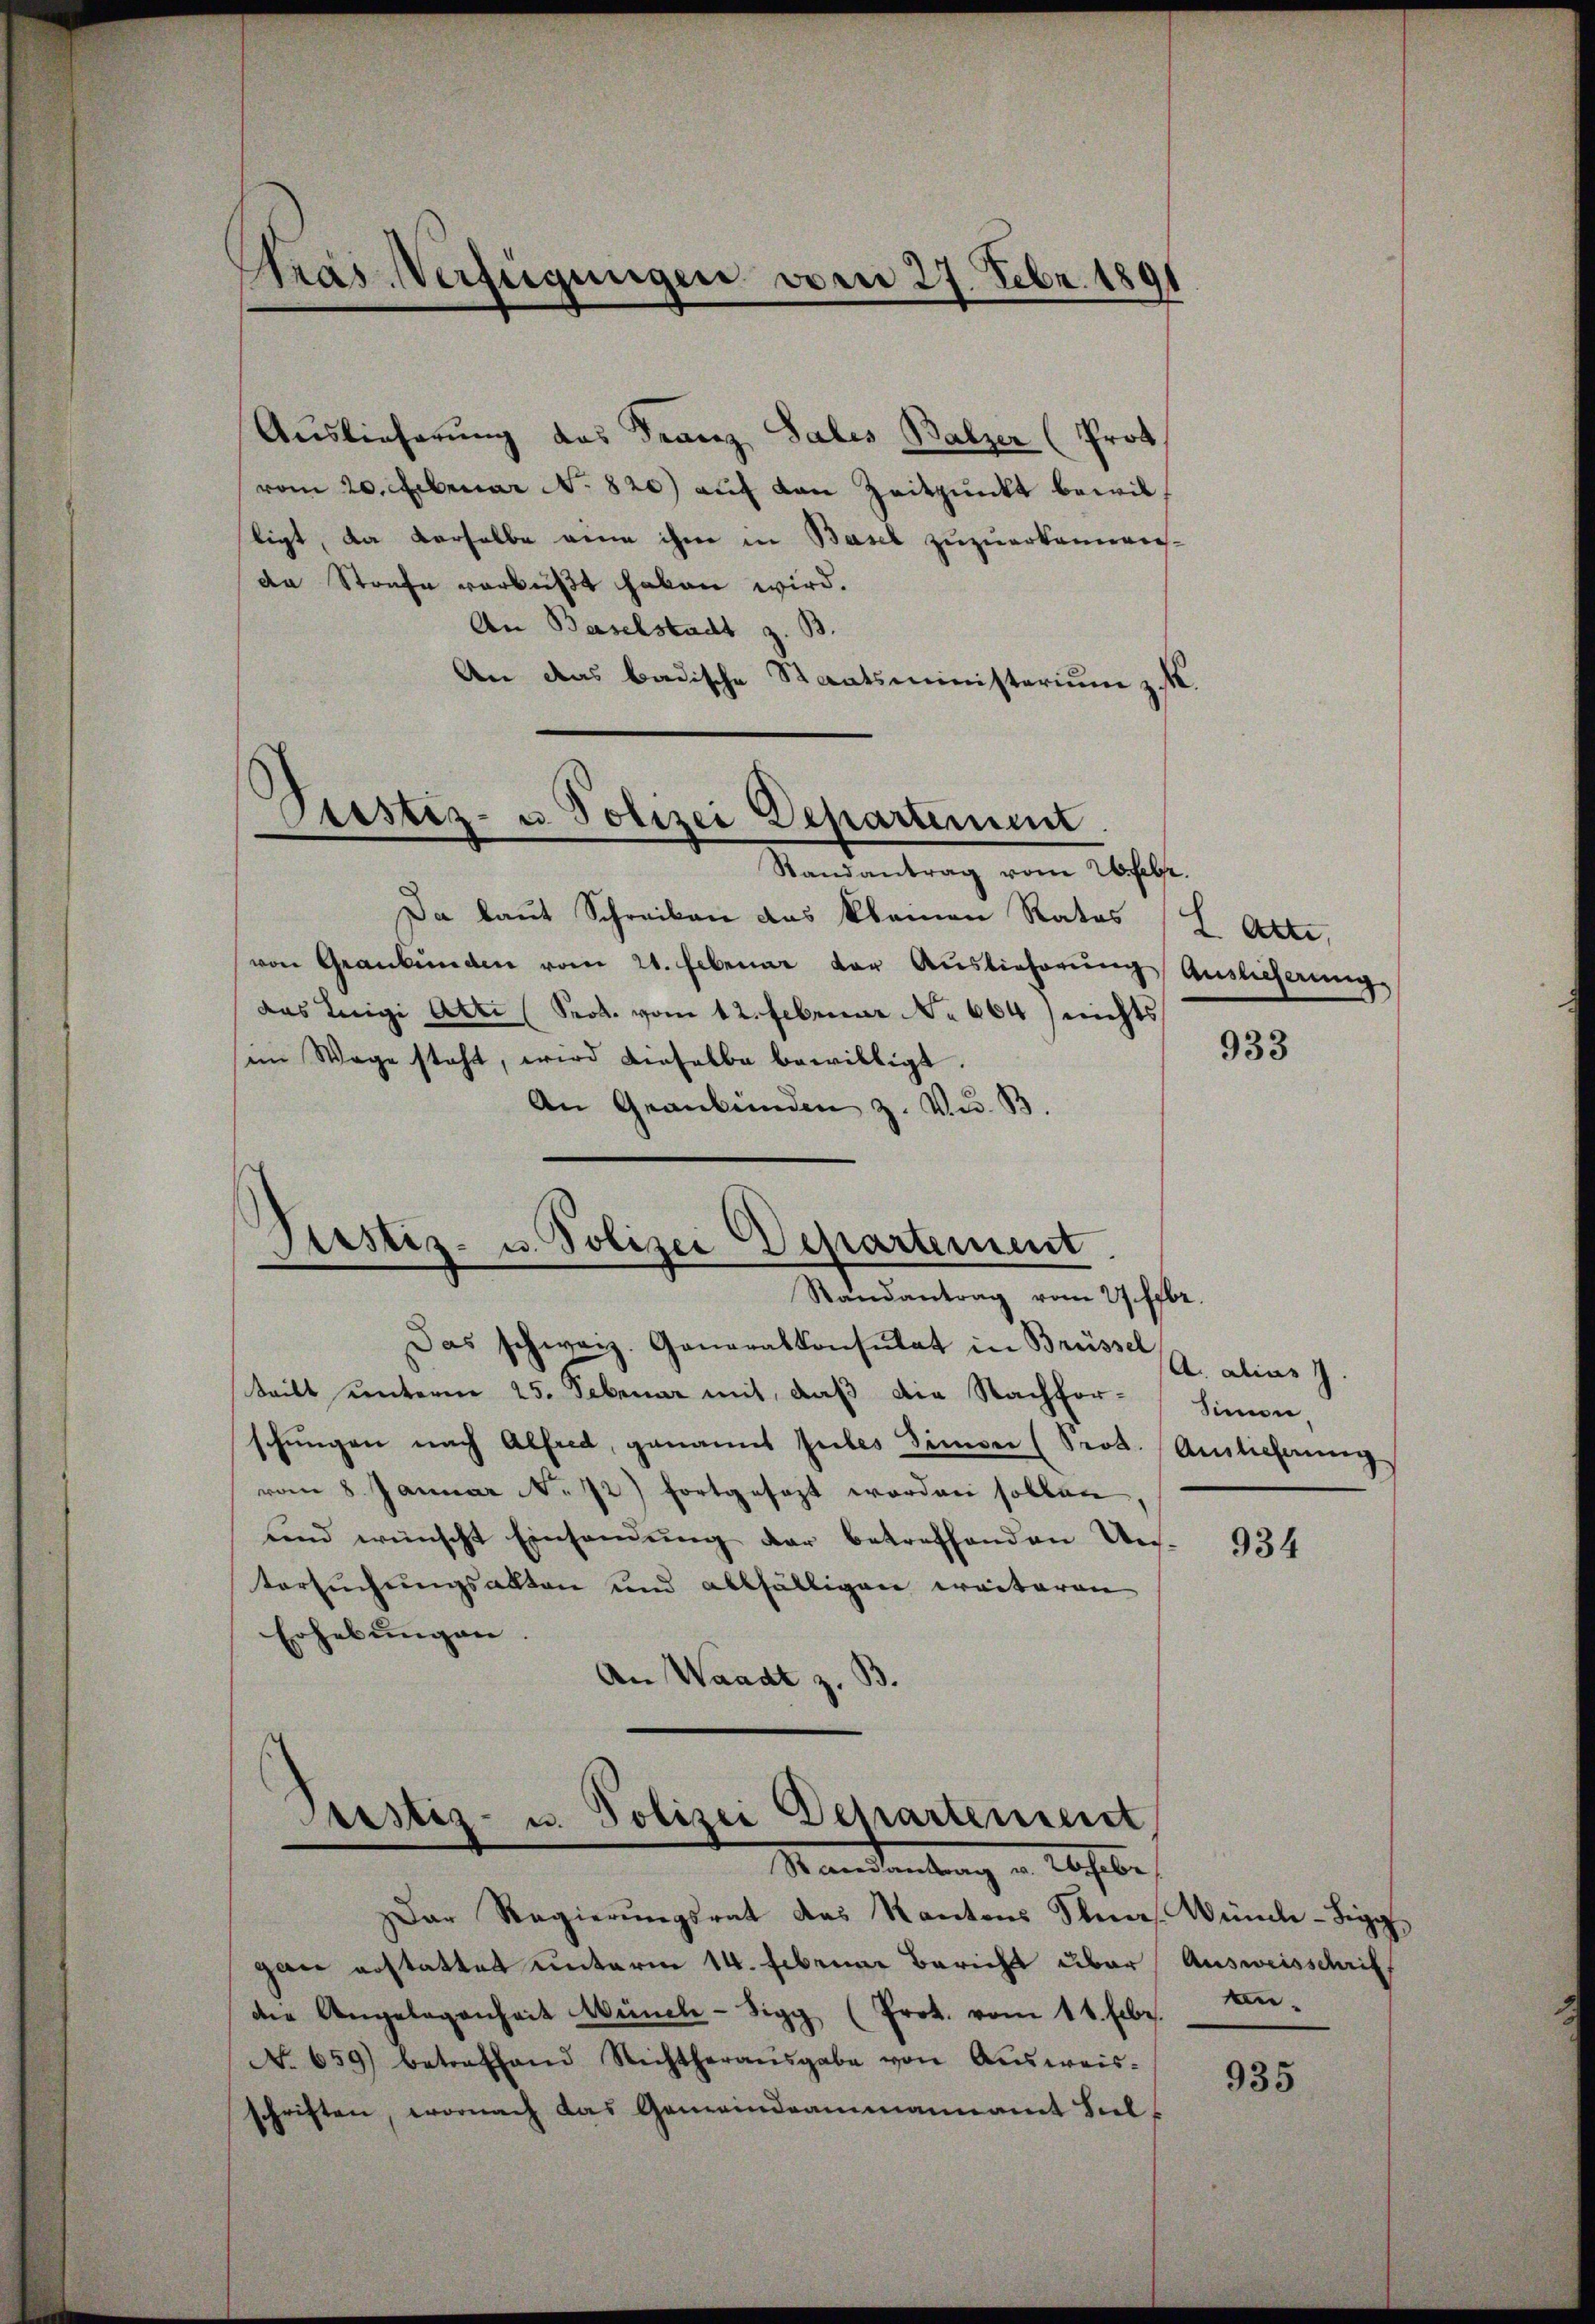
Pras Verfügungen vom 27. Febr. 180

Auslieferung das Franz Salis Balzer (Prot
vom 20. Februar No. 820) auf von Zeitpunkt bewilligt, da derselbe eine ihm in Basel zuzuerkennende Strafe verbüßt haben wird.
An Baselstadt z. B.
An das badische Staatsministerium zu.

Pustiz- u Polizei Departement
Randantrag vom 26. Febr.

Sistis- u. Polizei Departement
.
Randantrag vom 27. Febr.

Da laut Schreiben das kleinen Rates (L Atte,
von Graubünden vom 21. Februar der Auslieferŭng Auslieferung
das Luigi Art. (Prok. vom 12. Februar No 664 / nichts
iin Wege steht, wird dieselbe bewilligt.
An Graubünden z. V. B.
Das schweiz. Generalkonsulat in Brüssel
teilt unterm 25. Februar mit, daß die Nachfor¬
.
schungen nach Alfred, genannt subes Simmer (Prok. Auslichung
vom 8. Januar N. 72) fortgesezt worden sollen.
und wünscht Einsamung der betreffenden Uns-
tersuchungsalten und allfälligen weiteren
Erhebungen.
An Waadt z. B.

Bestiz- u. Polizei Departenseit
Mamedankung in Abste

ar Regierŭngsrat das Kantons Stras. Wünde-Sigg
gane erstattet unterm 14. Lebener Bericht über
die Angelegenheit Münch-Sigg (Prot. vom 11. Febr. Ein¬
No. 659) betreffend Richtherausgabe von Aŭsweis-
schriften, wornach das Gemeindeammannamt Seel¬

933

A. alias
Sinnen.

934

Ausweisschrift

935